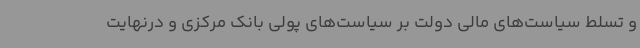
و تسلط سیاست‌های مالی دولت بر سیاست‌های پولی بانک مرکزی و درنهایت